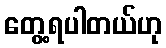
တွေ့ရပါတယ်ဟု